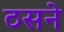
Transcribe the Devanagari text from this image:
ठसने